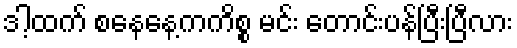
ဒါ့ထက် စနေနေ့ကကိစ္စ မင်း တောင်းပန်ပြီးပြီလား